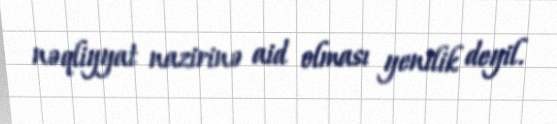
nəqliyyat nazirinə aid olması yenilik deyil.